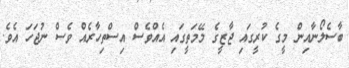
ބާސެލޯނާއިން މީގެ ކުރީގައި ޖާޒީގެ މޭމަތީގައި އެއްވެސް އިސްތިހާރެއް ވެސް ނުޖަހަ އެވެ.